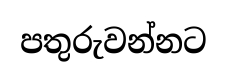
පතුරුවන්නට